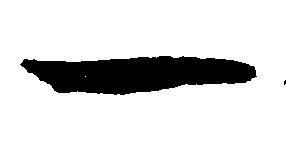
一